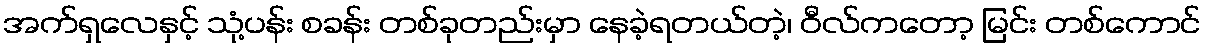
အက်ရှလေနှင့် သုံ့ပန်း စခန်း တစ်ခုတည်းမှာ နေခဲ့ရတယ်တဲ့၊ ဝီလ်ကတော့ မြင်း တစ်ကောင်